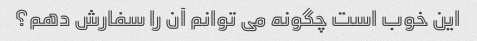
این خوب است چگونه می توانم آن را سفارش دهم؟